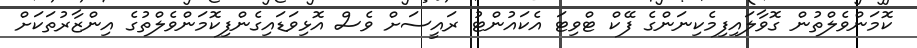
ކޮމަންވެލްތުން ގޮވާލައިފިމެކިނަންގެ ފޭކް ޓްވިޓަ އެކައުންޓު ރައީސަށް ވެސް އޮޅިވަޑައިގެންފިކޮމަންވެލްތުގެ އިންޒާރުތަކަށް